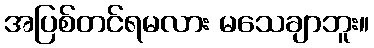
အပြစ်တင်ရမလား မသေချာဘူး။